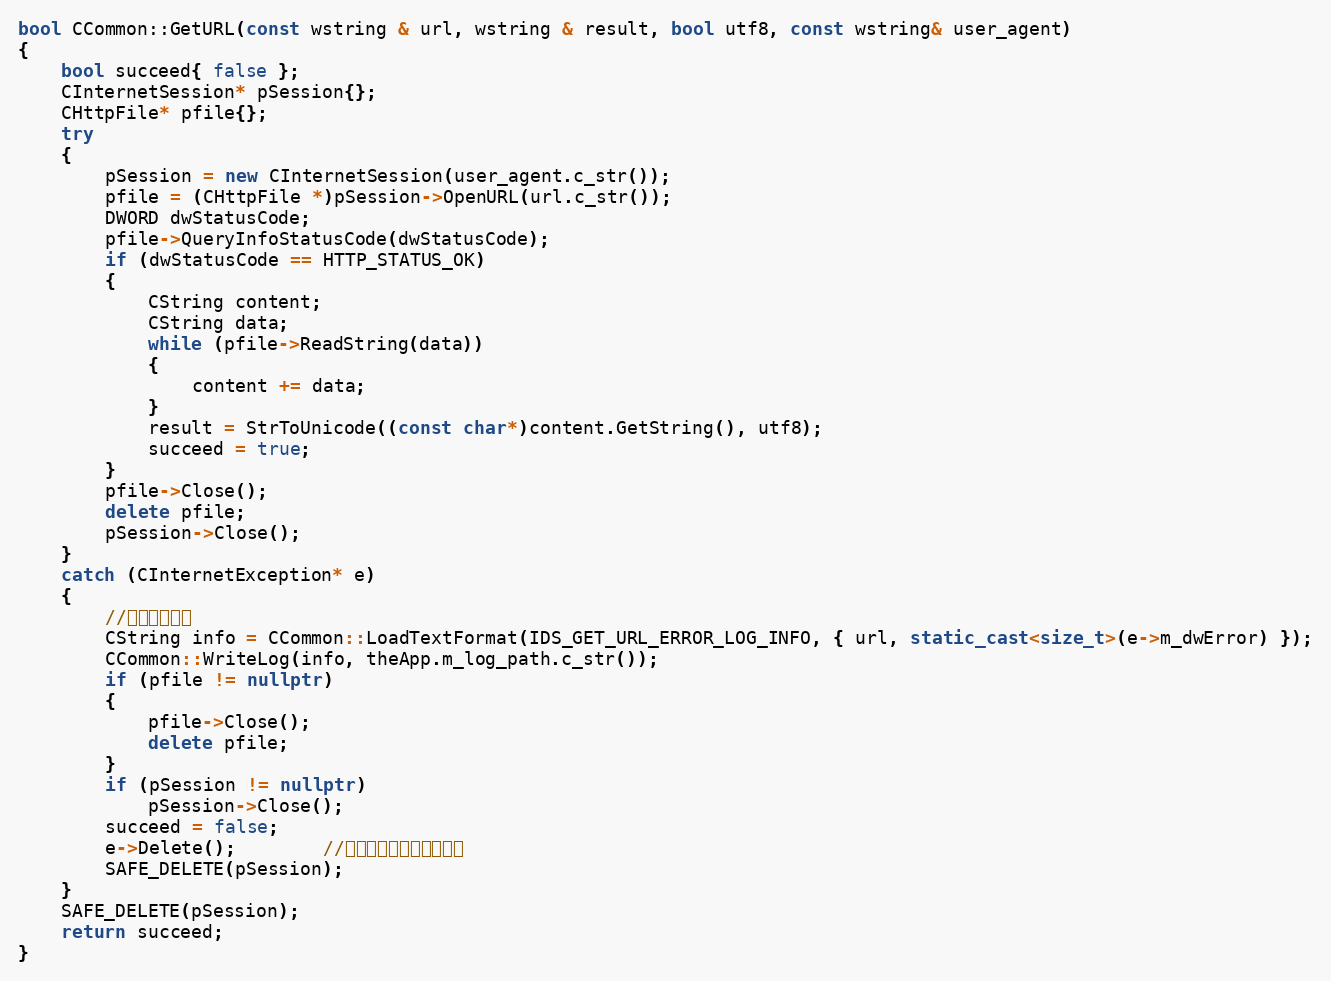
Language: C++
bool CCommon::GetURL(const wstring & url, wstring & result, bool utf8, const wstring& user_agent)
{
	bool succeed{ false };
    CInternetSession* pSession{};
    CHttpFile* pfile{};
	try
	{
        pSession = new CInternetSession(user_agent.c_str());
		pfile = (CHttpFile *)pSession->OpenURL(url.c_str());
		DWORD dwStatusCode;
		pfile->QueryInfoStatusCode(dwStatusCode);
		if (dwStatusCode == HTTP_STATUS_OK)
		{
			CString content;
			CString data;
			while (pfile->ReadString(data))
			{
				content += data;
			}
			result = StrToUnicode((const char*)content.GetString(), utf8);
			succeed = true;
		}
		pfile->Close();
		delete pfile;
        pSession->Close();
	}
	catch (CInternetException* e)
	{
        //写入错误日志
        CString info = CCommon::LoadTextFormat(IDS_GET_URL_ERROR_LOG_INFO, { url, static_cast<size_t>(e->m_dwError) });
        CCommon::WriteLog(info, theApp.m_log_path.c_str());
        if (pfile != nullptr)
		{
			pfile->Close();
			delete pfile;
		}
        if (pSession != nullptr)
            pSession->Close();
		succeed = false;
		e->Delete();		//没有这句会造成内存泄露
        SAFE_DELETE(pSession);
	}
    SAFE_DELETE(pSession);
    return succeed;
}